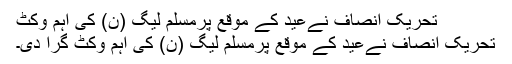
تحریک انصاف نےعید کے موقع پرمسلم لیگ (ن) کی اہم وکٹ
تحریک انصاف نےعید کے موقع پرمسلم لیگ (ن) کی اہم وکٹ گرا دی۔